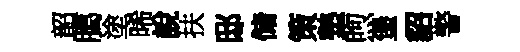
韶臈塗晞說扶邸储策墊煦堡貂警